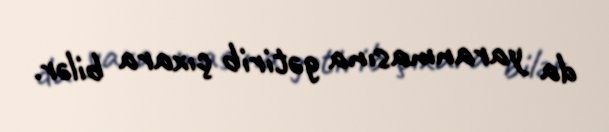
da yaranmasına gətirib çıxara bilər.